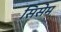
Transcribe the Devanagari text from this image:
सिसेम